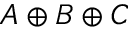
A \oplus B \oplus C